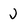
Character: J